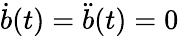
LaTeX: \dot{b}(t)=\ddot{b}(t)=0